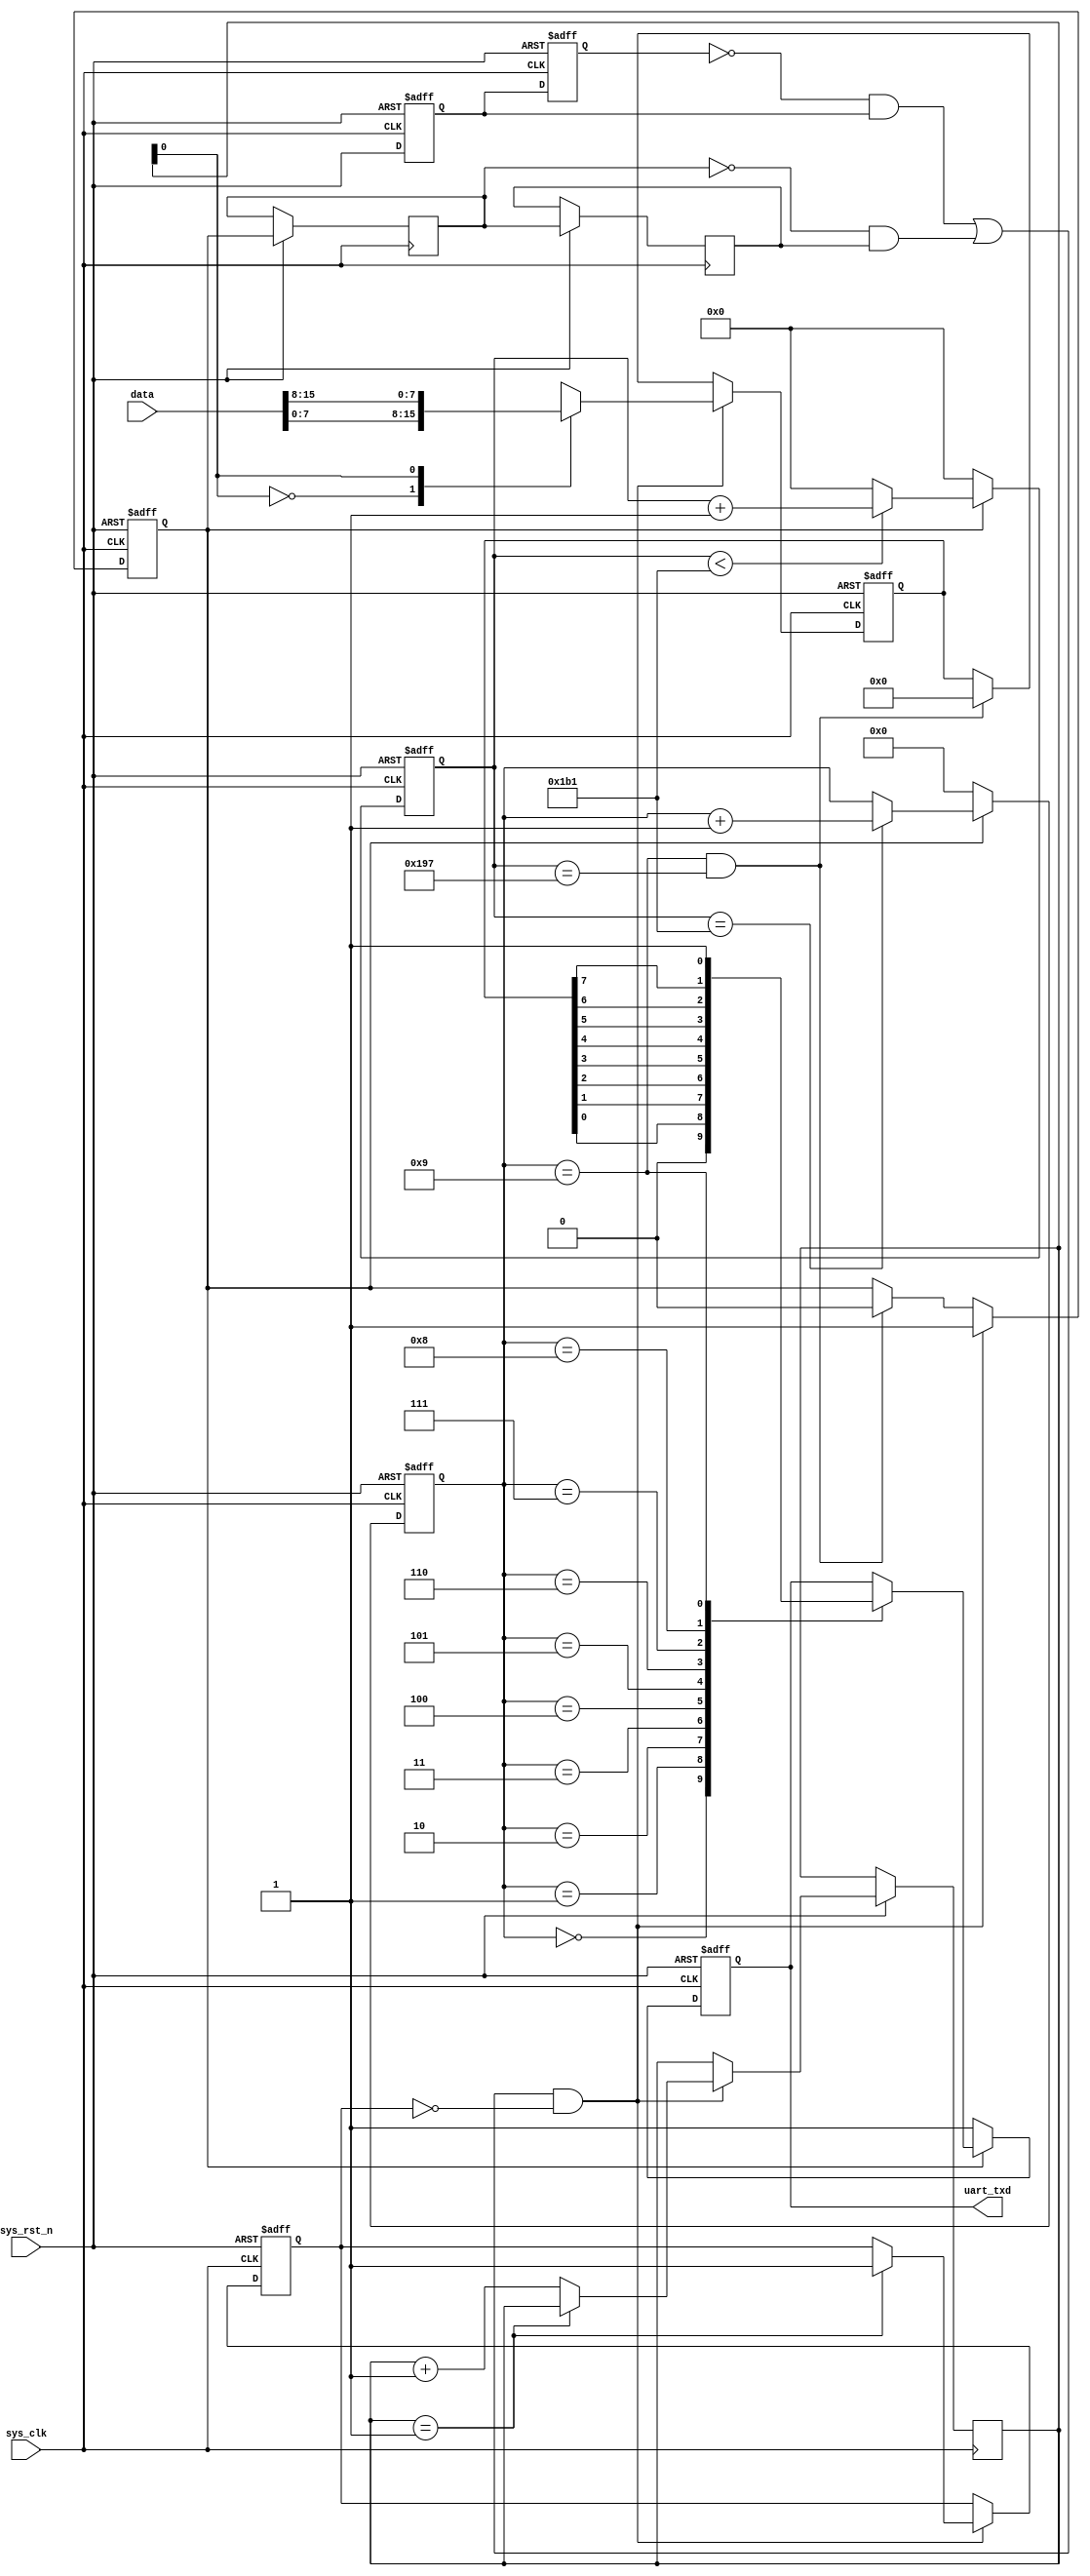
module uartsend(
    input           sys_clk,
    input           sys_rst_n,
    input  [15:0]   data,
    output reg      uart_txd = 0
);

//parameter define
parameter  CLK_FREQ = 50000000;            //
parameter  UART_BPS = 115200;                //
localparam  BPS_CNT  = CLK_FREQ/UART_BPS;   //BPS_CNT

//reg define
reg        uart_en_d0 = 0; 
reg        uart_en_d1 = 0;  
reg [15:0] clk_cnt = 0;                         //
reg [ 3:0] tx_cnt = 0;                          //
reg        tx_flag = 0, flag0 = 0, flag1 = 0;   //
reg [ 7:0] tx_data = 0;                         //
reg   [1:0]    cnt = 0;
reg         send_end;

//wire define
wire         en_flag;
wire [7:0]   data_trans [1:0];

assign data_trans[0] = data[7:0];
assign data_trans[1] = data[15:8];

//*****************************************************
//**                    main code
//*****************************************************

//uart_en
assign en_flag = (~uart_en_d1 & uart_en_d0) || (~flag0 & flag1);

//uart_en
always @(posedge sys_clk or negedge sys_rst_n) begin         
    if (!sys_rst_n) begin
        uart_en_d0 <= 1'b0;                                  
        uart_en_d1 <= 1'b0;
    end                                                      
    else begin                                               
        uart_en_d0 <= sys_rst_n;                               
        uart_en_d1 <= uart_en_d0;               
        flag0 <= tx_flag;
        flag1 <= flag0;
    end
end

//en_flag,          
always @(posedge sys_clk or negedge sys_rst_n) begin         
    if (!sys_rst_n) begin                                  
        tx_flag <= 1'b0;
        tx_data <= 8'd0;
        send_end <= 0;
    end 
    else if (en_flag && ~send_end) begin                 //                      
            tx_flag <= 1'b1;                //tx_flag
            tx_data <= data_trans[cnt];            //
            if(cnt == 1)
                send_end <= 1;
            else
                cnt <= cnt + 1;
        end
        else if ((tx_cnt == 4'd9) && (clk_cnt == BPS_CNT -(BPS_CNT/16))) begin                  //                      
            tx_flag <= 1'b0;                //tx_flag
            tx_data <= 8'd0;
        end
        else begin
            tx_flag <= tx_flag;
            tx_data <= tx_data;
        end 
end

//
always @(posedge sys_clk or negedge sys_rst_n) begin         
    if (!sys_rst_n)                             
        clk_cnt <= 16'd0;                                  
    else if (tx_flag) begin                 //
        if (clk_cnt < BPS_CNT - 1)
            clk_cnt <= clk_cnt + 1'b1;
        else
            clk_cnt <= 16'd0;               //
    end
    else                             
        clk_cnt <= 16'd0; 				    //
end

//
always @(posedge sys_clk or negedge sys_rst_n) begin         
    if (!sys_rst_n)                             
        tx_cnt <= 4'd0;
    else if (tx_flag) begin                 //
        if (clk_cnt == BPS_CNT - 1)			//
            tx_cnt <= tx_cnt + 1'b1;		//1
        else
            tx_cnt <= tx_cnt;       
    end
    else                              
        tx_cnt  <= 4'd0;				    //
end

//uart
always @(posedge sys_clk or negedge sys_rst_n) begin        
    if (!sys_rst_n)  
        uart_txd <= 1'b1;        
    else if (tx_flag)
        case(tx_cnt)
            4'd0: uart_txd <= 1'b0;         // 
            4'd1: uart_txd <= tx_data[0];   //
            4'd2: uart_txd <= tx_data[1];
            4'd3: uart_txd <= tx_data[2];
            4'd4: uart_txd <= tx_data[3];
            4'd5: uart_txd <= tx_data[4];
            4'd6: uart_txd <= tx_data[5];
            4'd7: uart_txd <= tx_data[6];
            4'd8: uart_txd <= tx_data[7];   //
            4'd9: uart_txd <= 1'b1;         //
            default: ;
        endcase
    else 
        uart_txd <= 1'b1;                   //
end

endmodule